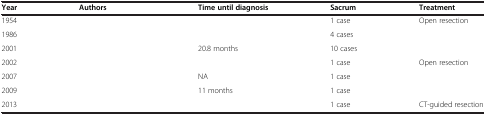
<table><thead><tr><td><b>Year</b></td><td><b>Authors</b></td><td><b>Time until diagnosis</b></td><td><b>Sacrum</b></td><td><b>Treatment</b></td></tr></thead><tbody><tr><td>1954</td><td>[EMPTY_CELL]</td><td>[EMPTY_CELL]</td><td>1 case</td><td>Open resection</td></tr><tr><td>1986</td><td>[EMPTY_CELL]</td><td>[EMPTY_CELL]</td><td>4 cases</td><td>[EMPTY_CELL]</td></tr><tr><td>2001</td><td>[EMPTY_CELL]</td><td>20.8 months</td><td>10 cases</td><td>[EMPTY_CELL]</td></tr><tr><td>2002</td><td>[EMPTY_CELL]</td><td>[EMPTY_CELL]</td><td>1 case</td><td>Open resection</td></tr><tr><td>2007</td><td>[EMPTY_CELL]</td><td>NA</td><td>1 case</td><td>[EMPTY_CELL]</td></tr><tr><td>2009</td><td>[EMPTY_CELL]</td><td>11 months</td><td>1 case</td><td>[EMPTY_CELL]</td></tr><tr><td>2013</td><td>[EMPTY_CELL]</td><td>[EMPTY_CELL]</td><td>1 case</td><td>CT-guided resection</td></tr></tbody></table>